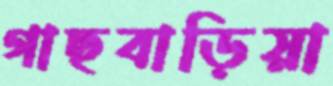
গাছবাড়িয়া